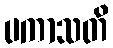
ပကာသတိ